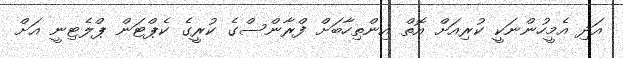
އަދި އެމީހުންނަކީ ކުރިއަށް އޮތް އިންތިހާބަށް ފްރާންސްގެ ކުރީގެ ކެޕްޓަން ޕްލެޓިނީ އަށް